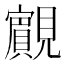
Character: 𧢘